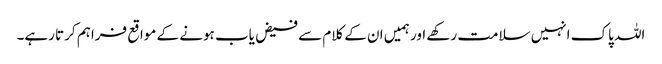
اللہ پاک انہیں سلامت رکھے اور ہمیں ان کے کلام سے فیض یاب ہونے کے مواقع فراہم کرتا رہے۔